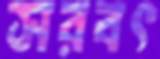
সরবৎ